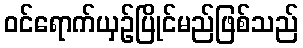
ဝင်ရောက်ယှဉ်ပြိုင်မည်ဖြစ်သည်